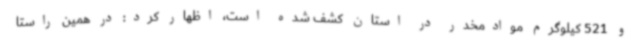
و 521 کیلوگرم موادمخدر در استان کشف شده است، اظهار کرد: در همین راستا